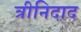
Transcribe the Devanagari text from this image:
त्रीनिदाद